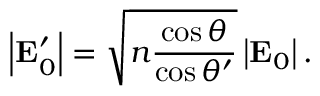
\left\vert \mathbf { E } _ { 0 } ^ { \prime } \right\vert = \sqrt { n \frac { \cos \theta } { \cos \theta ^ { \prime } } } \left\vert \mathbf { E } _ { 0 } \right\vert .